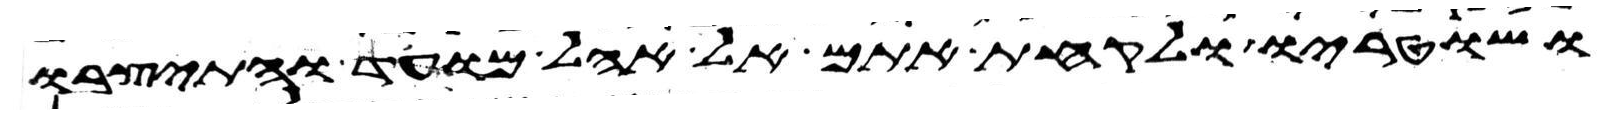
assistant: ושוטריו ולקחת אתם אל אהל מועד והתיצבו